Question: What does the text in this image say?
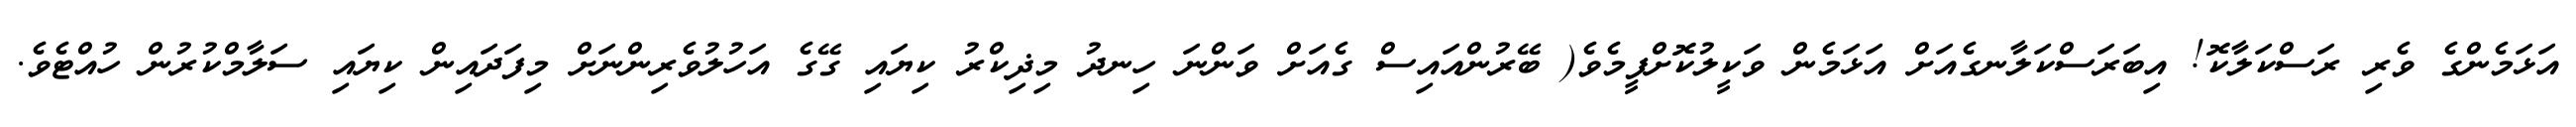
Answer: އަޅަމެންގެ ވެރި ރަސްކަލާކޮ! އިބަރަސްކަލާނގެއަށް އަޅަމެން ވަކީލުކޮށްފީމެވެ( ބޭރުންއައިސް ގެއަށް ވަންނަ ހިނދު މިޛިކްރު ކިޔައި ގޭގެ އަހުލުވެރިންނަށް މިފަދައިން ކިޔައި ސަލާމްކުރުން ހުއްޓެވެ.